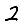
Digit: 2